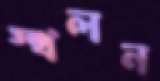
স্খলন